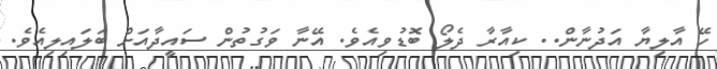
ހޭ އާލިޔާ އަދުނާން.. ކިއާރާ ދެލޯ ބޮޑުވިއެވެ. އޭނާ ވަގުތުން ސައީދާއަށް ބަލައިލިއެވެ.